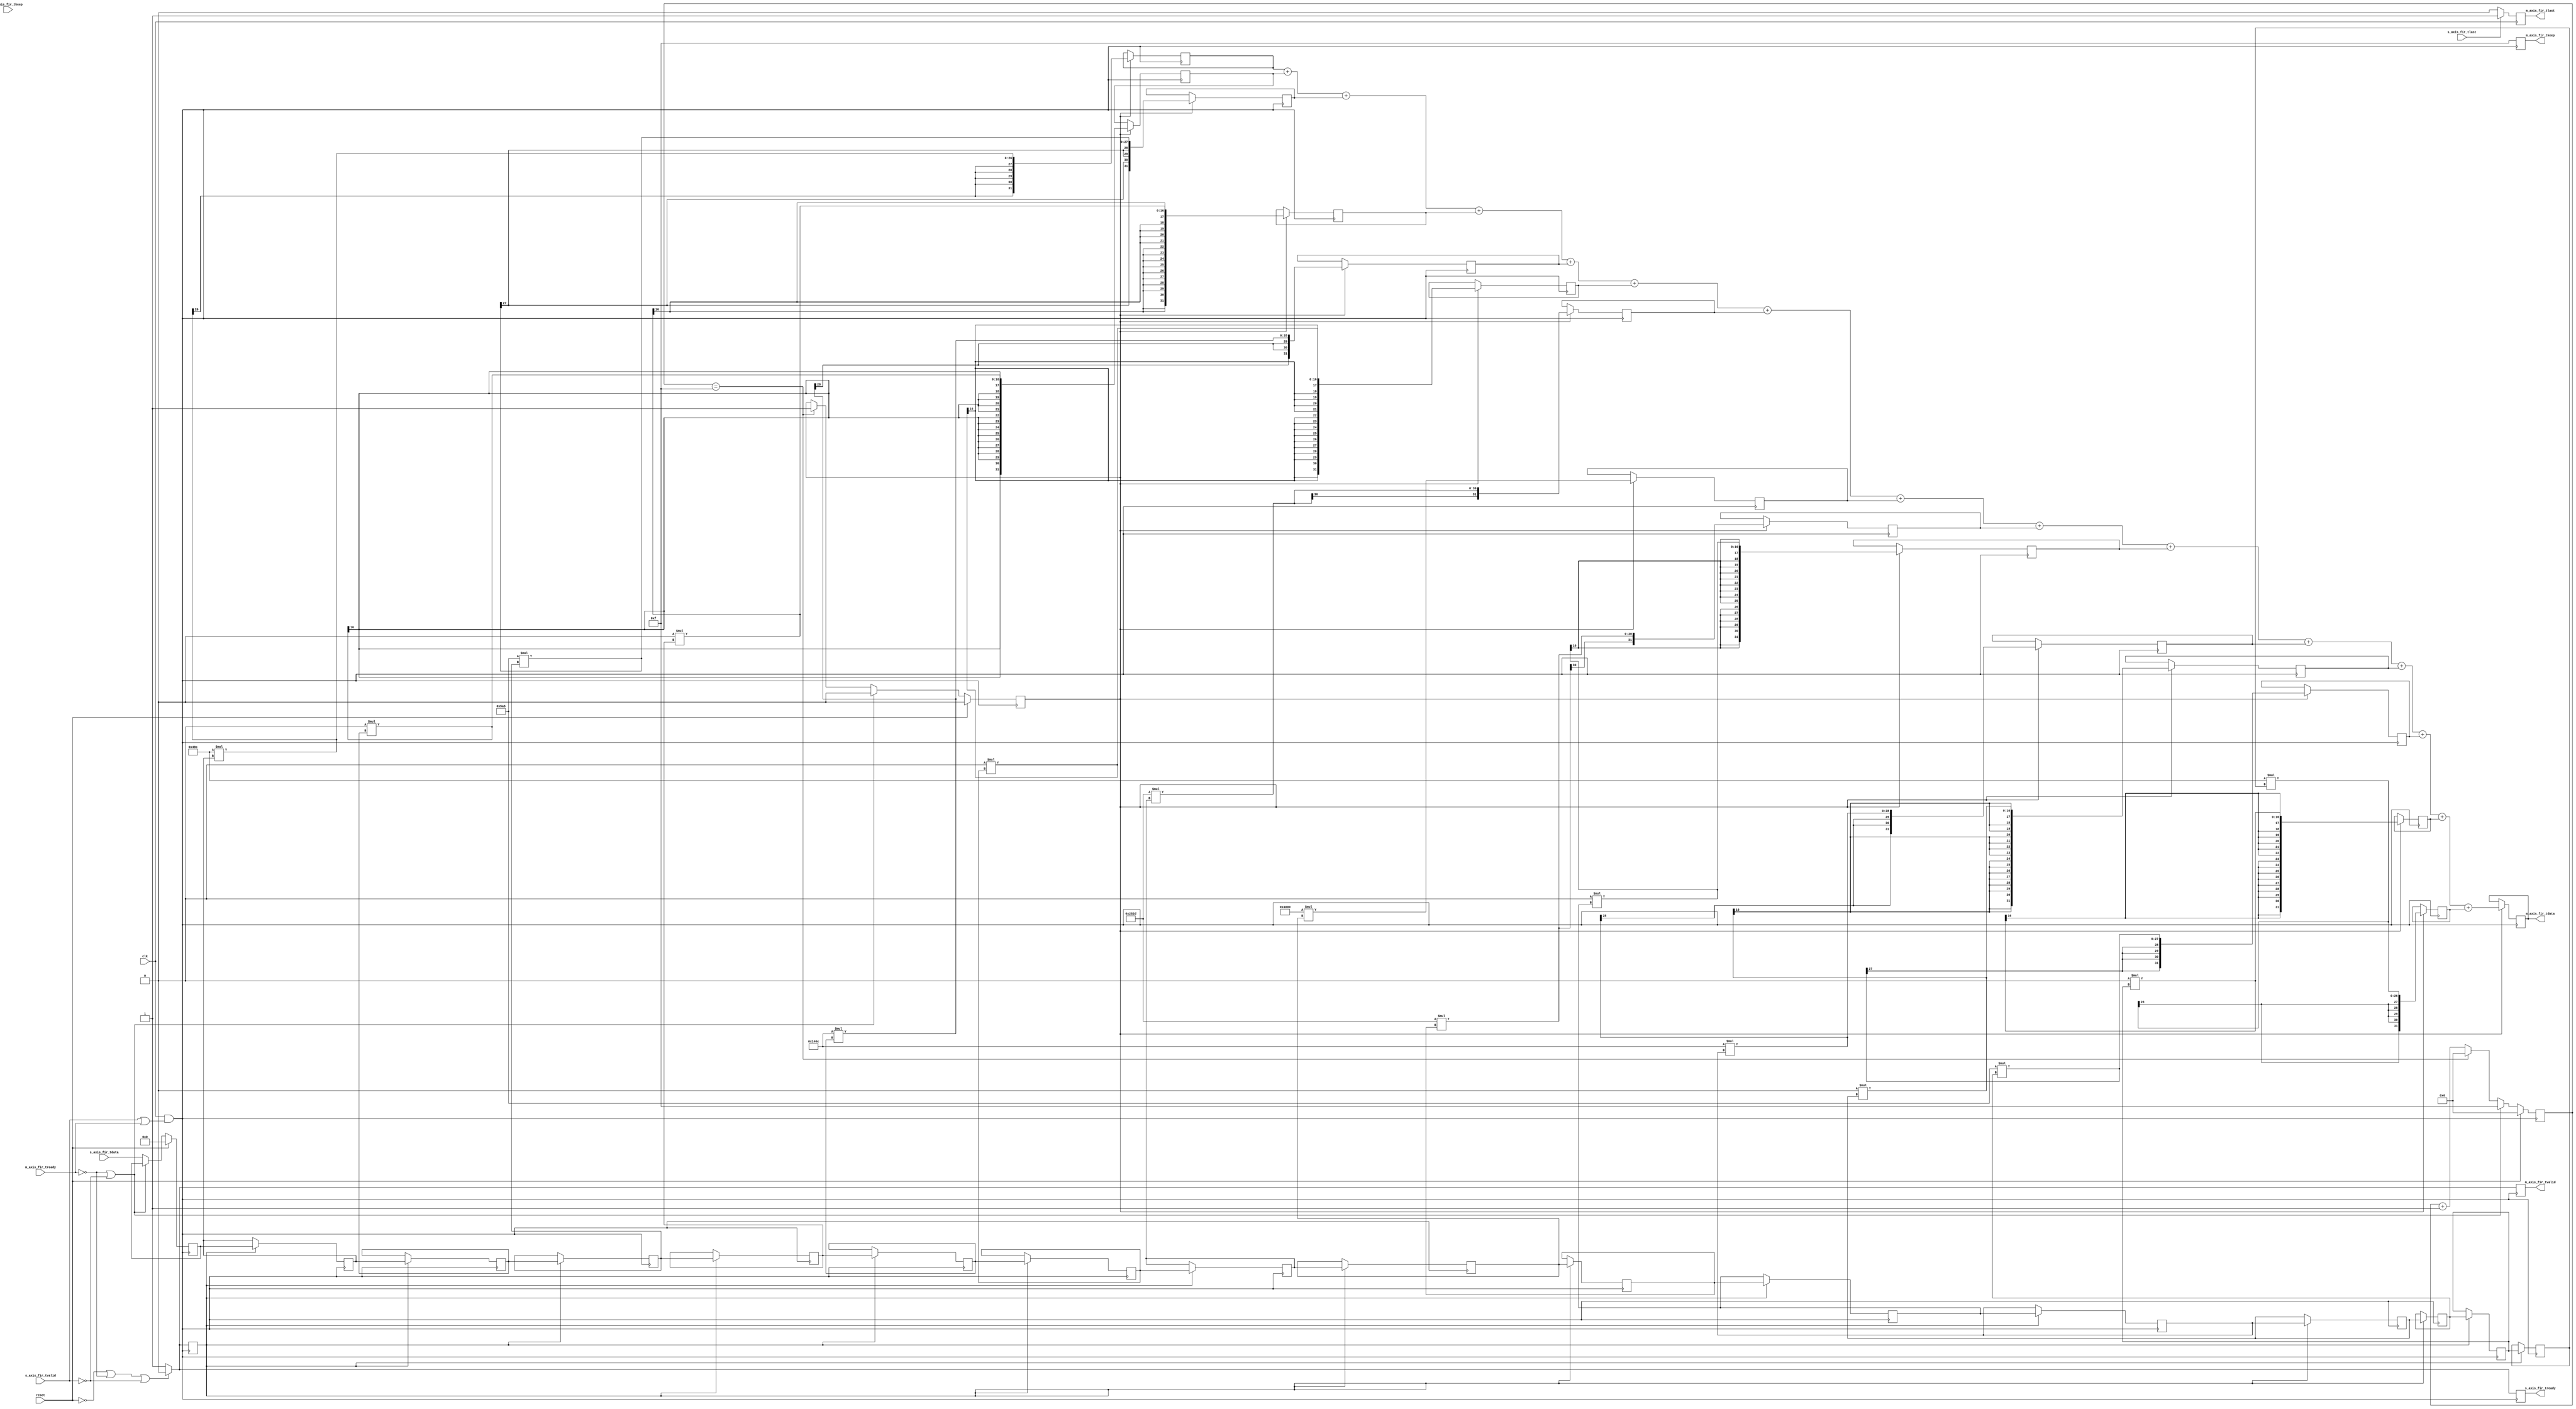
module fir_filter(
    input clk,
    input reset,
    input signed [15:0] s_axis_fir_tdata, 
    input [3:0] s_axis_fir_tkeep,
    input s_axis_fir_tlast,
    input s_axis_fir_tvalid,
    input m_axis_fir_tready,
    output reg m_axis_fir_tvalid,
    output reg s_axis_fir_tready,
    output reg m_axis_fir_tlast,
    output reg [3:0] m_axis_fir_tkeep,
    output reg signed [31:0] m_axis_fir_tdata
    );
    wire gated_clk;

    // Clock gating logic
    assign gated_clk = clk & (s_axis_fir_tvalid | m_axis_fir_tready);


    always @(posedge gated_clk)
        begin
            m_axis_fir_tkeep <= 4'hf;
        end
        
    always @ (posedge clk)
        begin
            if (s_axis_fir_tlast == 1'b1)
                begin
                    m_axis_fir_tlast <= 1'b1;
                end
            else
                begin
                    m_axis_fir_tlast <= 1'b0;
                end
        end
    
    // 15-tap FIR 
    reg enable_fir, enable_buff;
    reg [3:0] buff_cnt;
    reg signed [15:0] in_sample; 
    reg signed [15:0] buff0, buff1, buff2, buff3, buff4, buff5, buff6, buff7, buff8, buff9, buff10, buff11, buff12, buff13, buff14; 
    wire signed [15:0] tap0, tap1, tap2, tap3, tap4, tap5, tap6, tap7, tap8, tap9, tap10, tap11, tap12, tap13, tap14; 
    reg signed [31:0] acc0, acc1, acc2, acc3, acc4, acc5, acc6, acc7, acc8, acc9, acc10, acc11, acc12, acc13, acc14; 

    
    /* Taps for LPF running @ 1MSps with a cutoff freq of 400kHz*/
    assign tap0 = 16'hFC9C;  // twos(-0.0265 * 32768) = 0xFC9C
    assign tap1 = 16'h0000;  // 0
    assign tap2 = 16'h05A5;  // 0.0441 * 32768 = 1445.0688 = 1445 = 0x05A5
    assign tap3 = 16'h0000;  // 0
    assign tap4 = 16'hF40C;  // twos(-0.0934 * 32768) = 0xF40C
    assign tap5 = 16'h0000;  // 0
    assign tap6 = 16'h282D;  // 0.3139 * 32768 = 10285.8752 = 10285 = 0x282D
    assign tap7 = 16'h4000;  // 0.5000 * 32768 = 16384 = 0x4000
    assign tap8 = 16'h282D;  // 0.3139 * 32768 = 10285.8752 = 10285 = 0x282D
    assign tap9 = 16'h0000;  // 0
    assign tap10 = 16'hF40C; // twos(-0.0934 * 32768) = 0xF40C
    assign tap11 = 16'h0000; // 0
    assign tap12 = 16'h05A5; // 0.0441 * 32768 = 1445.0688 = 1445 = 0x05A5
    assign tap13 = 16'h0000; // 0
    assign tap14 = 16'hFC9C; // twos(-0.0265 * 32768) = 0xFC9C
    
    /* This loop sets the tvalid flag on the output of the FIR high once 
     * the circular buffer has been filled with input samples for the 
     * first time after a reset condition. */
    always @(posedge gated_clk)
        begin
            if (reset) //if (reset == 1'b0 || tvalid_in == 1'b0)
                begin
                    buff_cnt <= 4'd0;
                    enable_fir <= 1'b0;
                    in_sample <= 8'd0;
                end
            else if (m_axis_fir_tready == 1'b0 || s_axis_fir_tvalid == 1'b0)
                begin
                    enable_fir <= 1'b0;
                    buff_cnt <= 4'd15;
                    in_sample <= in_sample;
                end
            else if (buff_cnt == 4'd15)
                begin
                    buff_cnt <= 4'd0;
                    enable_fir <= 1'b1;
                    in_sample <= s_axis_fir_tdata;
                end
            else
                begin
                    buff_cnt <= buff_cnt + 1;
                    in_sample <= s_axis_fir_tdata;
                end
        end   

    always @(posedge gated_clk)
        begin
            if(reset == 1'b0 || m_axis_fir_tready == 1'b0 || s_axis_fir_tvalid == 1'b0)
                begin
                    s_axis_fir_tready <= 1'b0;
                    m_axis_fir_tvalid <= 1'b0;
                    enable_buff <= 1'b0;
                end
            else
                begin
                    s_axis_fir_tready <= 1'b1;
                    m_axis_fir_tvalid <= 1'b1;
                    enable_buff <= 1'b1;
                end
        end
    
    /* Circular buffer bring in a serial input sample stream that 
     * creates an array of 15 input samples for the 15 taps of the filter. */
    always @(posedge gated_clk)
        begin
            if(enable_buff == 1'b1)
                begin
                    buff0 <= in_sample;
                    buff1 <= buff0;        
                    buff2 <= buff1;         
                    buff3 <= buff2;      
                    buff4 <= buff3;      
                    buff5 <= buff4;       
                    buff6 <= buff5;    
                    buff7 <= buff6;       
                    buff8 <= buff7;       
                    buff9 <= buff8;       
                    buff10 <= buff9;        
                    buff11 <= buff10;       
                    buff12 <= buff11;       
                    buff13 <= buff12;       
                    buff14 <= buff13;    
                end
            else
                begin
                    buff0 <= buff0;
                    buff1 <= buff1;        
                    buff2 <= buff2;         
                    buff3 <= buff3;      
                    buff4 <= buff4;      
                    buff5 <= buff5;       
                    buff6 <= buff6;    
                    buff7 <= buff7;       
                    buff8 <= buff8;       
                    buff9 <= buff9;       
                    buff10 <= buff10;        
                    buff11 <= buff11;       
                    buff12 <= buff12;       
                    buff13 <= buff13;       
                    buff14 <= buff14;
                end
        end
        
    /* Multiply stage of FIR */
    always @(posedge gated_clk)
        begin
            if (enable_fir == 1'b1)
                begin
                    acc0 <= tap0 * buff0;
                    acc1 <= tap1 * buff1;
                    acc2 <= tap2 * buff2;
                    acc3 <= tap3 * buff3;
                    acc4 <= tap4 * buff4;
                    acc5 <= tap5 * buff5;
                    acc6 <= tap6 * buff6;
                    acc7 <= tap7 * buff7;
                    acc8 <= tap8 * buff8;
                    acc9 <= tap9 * buff9;
                    acc10 <= tap10 * buff10;
                    acc11 <= tap11 * buff11;
                    acc12 <= tap12 * buff12;
                    acc13 <= tap13 * buff13;
                    acc14 <= tap14 * buff14;
                end
        end    
        
     /* Accumulate stage of FIR */   
    always @(posedge gated_clk) 
        begin
            if (enable_fir == 1'b1)
                begin
                    m_axis_fir_tdata <= acc0 + acc1 + acc2 + acc3 + acc4 + acc5 + acc6 + acc7 + acc8 + acc9 + acc10 + acc11 + acc12 + acc13 + acc14;
                end
        end     

    
    
endmodule